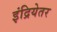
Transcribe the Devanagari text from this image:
इंद्रियेतर